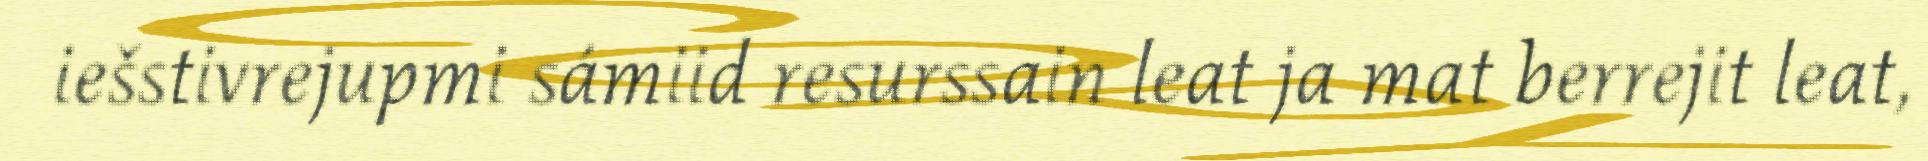
iešstivrejupmi sámiid resurssain leat ja mat berrejit leat,